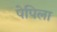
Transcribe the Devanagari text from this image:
पेपिला